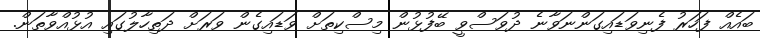
ބައެއް ފަހަރު ފެނިވަޑައިގަންނަވާނެ ދުވަސްވީ ބޭފުޅުން މިސްކިތަށް ވަޑައިގެން ވަރަށް ދަތިހާލުގައި އުޅުއްވާތަން.